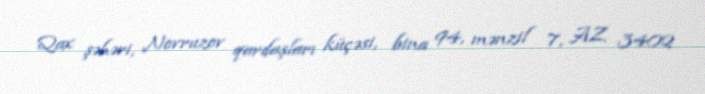
Qax şəhəri, Novruzov qardaşları küçəsi, bina 94, mənzil 7, AZ 3402